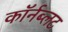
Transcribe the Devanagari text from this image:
कॉर्नब्लट